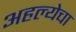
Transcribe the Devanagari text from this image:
अहल्येचा